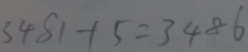
3 4 8 1 - 1 5 = 3 4 8 6